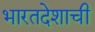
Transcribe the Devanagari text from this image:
भारतदेशाची